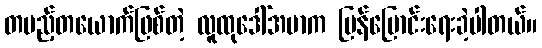
တပည့်တယောက်ဖြစ်တဲ့ လူထုဒေါ်အမာက ပြန်ပြောင်းရေးခဲ့ပါတယ်။